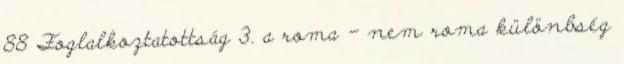
88 Foglalkoztatottság 3. a roma - nem roma különbség